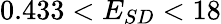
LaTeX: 0.433<E_{SD}<18